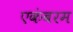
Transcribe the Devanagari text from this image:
एकंबरम